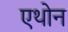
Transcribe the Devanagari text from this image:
एथोन